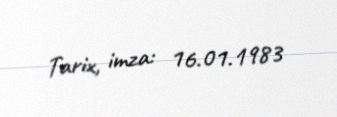
Tarix, imza: 16.01.1983